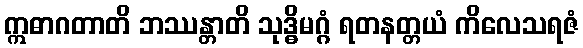
ဣဓာဂတာတိ ဘဿန္တာတိ သုဒ္ဓိမဂ္ဂံ ရတနတ္တယံ ကိလေသရဇံ